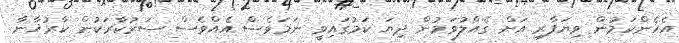
އެހެންކަމުން ވިޔަފާރި އަށް ގެއްލުވަމުން ދިޔަ ކަމުގައިވީ ނަމަވެސް އެއްވެސް ސަރުކާރަކުން ކާރުޚާނާ